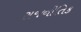
રાજનીતિક